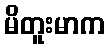
မိတူးမာက